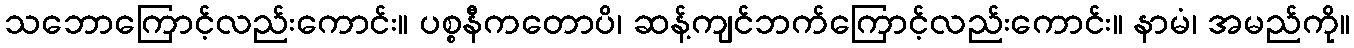
သဘောကြောင့်လည်းကောင်း။ ပစ္စနီကတောပိ၊ ဆန့်ကျင်ဘက်ကြောင့်လည်းကောင်း။ နာမံ၊ အမည်ကို။